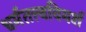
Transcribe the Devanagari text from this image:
धर्मतत्त्वविमर्श